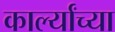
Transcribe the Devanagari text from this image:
कार्ल्यांच्या